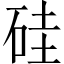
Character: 硅